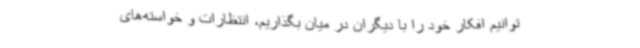
توانیم افکار خود را با دیگران در میان بگذاریم، انتظارات و خواسته‌های